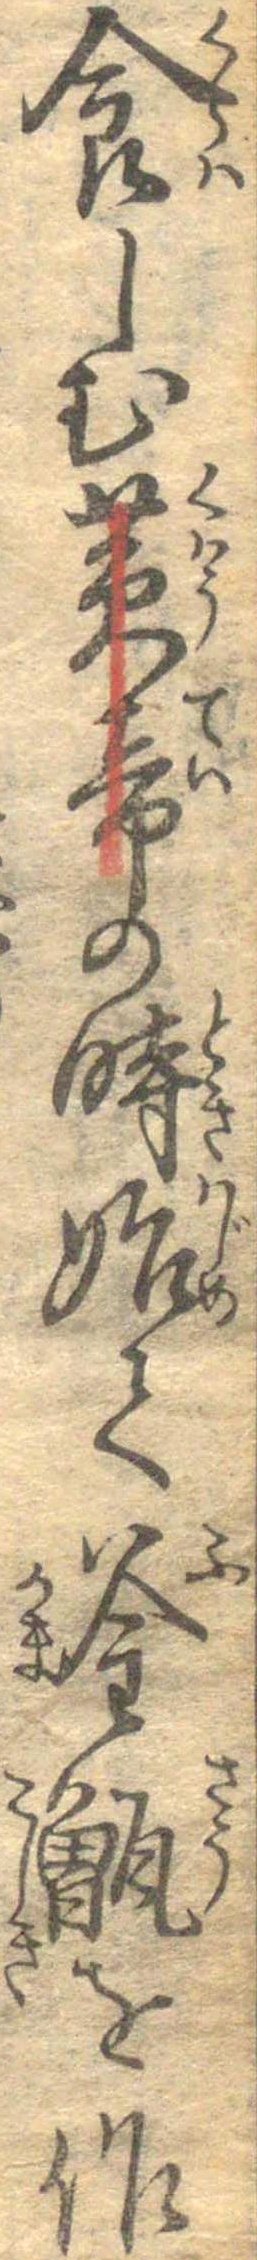
食しむ黄帝の時始て釜甑を作